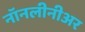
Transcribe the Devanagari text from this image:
नॉनलीनीअर